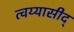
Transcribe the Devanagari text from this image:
त्वय्यासीद्